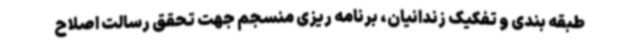
طبقه بندی و تفکیک زندانیان، برنامه ریزی منسجم جهت تحقق رسالت اصلاح